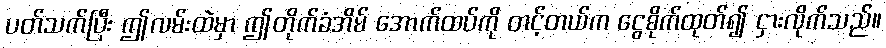
ပတ်သက်ပြီး ဤလမ်းထဲမှာ ဤတိုက်ခံအိမ် အောက်ထပ်ကို တင့်တယ်က ငွေစိုက်ထုတ်၍ ငှားလိုက်သည်။